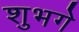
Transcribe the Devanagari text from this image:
शुभगे